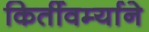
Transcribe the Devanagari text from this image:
किर्तीवर्म्याने